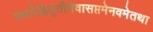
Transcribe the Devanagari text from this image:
प्रथमेह्नितृतीयेवासप्तमेनवमेतथा